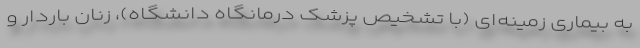
به بیماری زمینه‌ای (با تشخیص پزشک درمانگاه دانشگاه)، زنان باردار و